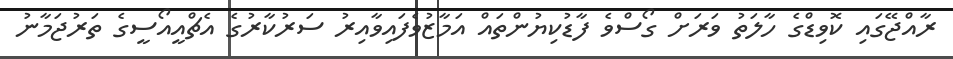
ރާއްޖޭގައި ކޮވިޑްގެ ހާލަތު ވަރަށް ގޯސްވެ ފާޑުކިޔުންތައް އަމާޒުވެފައިވާއިރު ސަރުކާރުގެ އެޗްއީއޯސީގެ ތަރުޖަމާނު